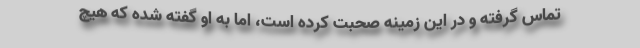
تماس گرفته و در این زمینه صحبت کرده است، اما به او گفته شده که هیچ